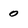
Character: o